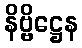
နိဗ္ဗိဋ္ဌေန